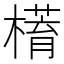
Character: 𣚥